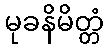
မုခနိမိတ္တံ